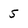
Character: 5